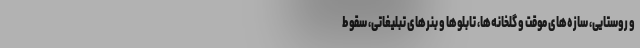
و روستایی، سازه‌های موقت و گلخانه‌ها، تابلوها و بنرهای تبلیغاتی، سقوط